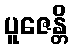
ပူဇေန္တိ